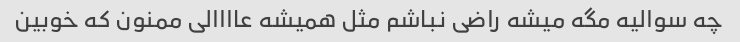
چه سوالیه مگه میشه راضی نباشم مثل همیشه عاااالی ممنون که خوبین